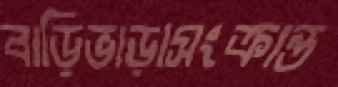
বাড়িভাড়াসংক্রান্ত